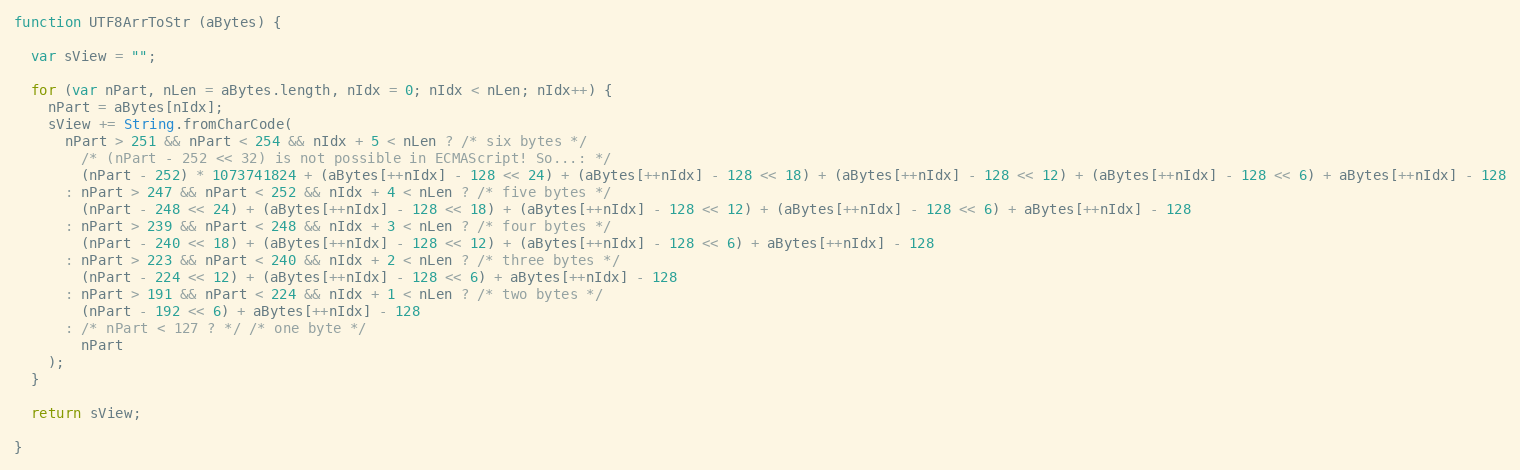
Language: JavaScript
function UTF8ArrToStr (aBytes) {

  var sView = "";

  for (var nPart, nLen = aBytes.length, nIdx = 0; nIdx < nLen; nIdx++) {
    nPart = aBytes[nIdx];
    sView += String.fromCharCode(
      nPart > 251 && nPart < 254 && nIdx + 5 < nLen ? /* six bytes */
        /* (nPart - 252 << 32) is not possible in ECMAScript! So...: */
        (nPart - 252) * 1073741824 + (aBytes[++nIdx] - 128 << 24) + (aBytes[++nIdx] - 128 << 18) + (aBytes[++nIdx] - 128 << 12) + (aBytes[++nIdx] - 128 << 6) + aBytes[++nIdx] - 128
      : nPart > 247 && nPart < 252 && nIdx + 4 < nLen ? /* five bytes */
        (nPart - 248 << 24) + (aBytes[++nIdx] - 128 << 18) + (aBytes[++nIdx] - 128 << 12) + (aBytes[++nIdx] - 128 << 6) + aBytes[++nIdx] - 128
      : nPart > 239 && nPart < 248 && nIdx + 3 < nLen ? /* four bytes */
        (nPart - 240 << 18) + (aBytes[++nIdx] - 128 << 12) + (aBytes[++nIdx] - 128 << 6) + aBytes[++nIdx] - 128
      : nPart > 223 && nPart < 240 && nIdx + 2 < nLen ? /* three bytes */
        (nPart - 224 << 12) + (aBytes[++nIdx] - 128 << 6) + aBytes[++nIdx] - 128
      : nPart > 191 && nPart < 224 && nIdx + 1 < nLen ? /* two bytes */
        (nPart - 192 << 6) + aBytes[++nIdx] - 128
      : /* nPart < 127 ? */ /* one byte */
        nPart
    );
  }

  return sView;

}